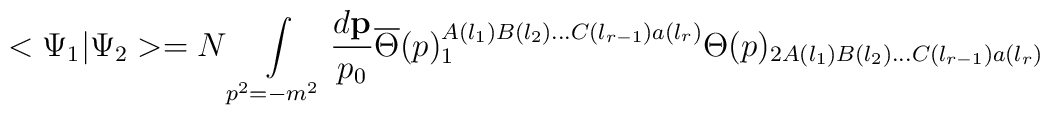
<\Psi _1|\Psi _2>=N\int\limits_{p^2=-m^2}\frac{d{\bf p}}{p_0}\overline{\Theta }(p)_1^{A(l_1)B(l_2)...C(l_{r-1})a(l_r)}\Theta(p)_{2A(l_1)B(l_2)...C(l_{r-1})a(l_r)}